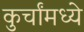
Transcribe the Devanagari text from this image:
कुर्चांमध्ये